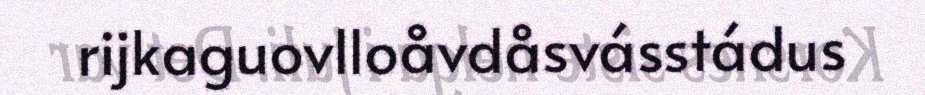
rijkaguovlloåvdåsvásstádus